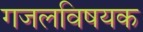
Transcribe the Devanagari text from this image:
गजलविषयक